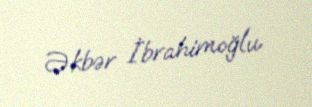
Əkbər İbrahimoğlu